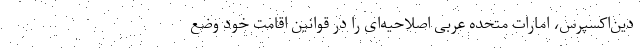
دین‌اکسپرس،‌ امارات متحده عربی اصلاحیه‌ای را در قوانین اقامت خود وضع